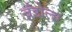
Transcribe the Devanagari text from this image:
ब्रँडोला